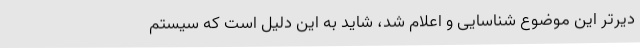
دیرتر این موضوع شناسایی و اعلام شد، شاید به این دلیل است که سیستم